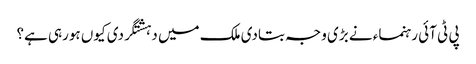
پی ٹی آئی رہنماء نے بڑی وجہ بتادی	ملک میں دہشتگردی کیوں ہورہی ہے؟